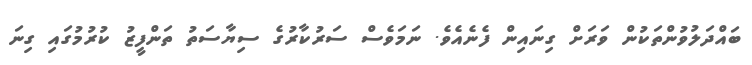
ބައްދަލުވުންތަކުން ވަރަށް ގިނައިން ފެނެއެވެ. ނަމަވެސް ސަރުކާރުގެ ސިޔާސަތު ތަންފީޒު ކުރުމުގައި ގިނަ